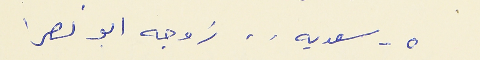
٥ - سعديه . . زوجه ابو نصرا